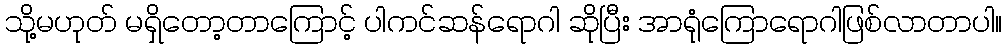
သို့မဟုတ် မရှိတော့တာကြောင့် ပါကင်ဆန်ရောဂါ ဆိုပြီး အာရုံကြောရောဂါဖြစ်လာတာပါ။